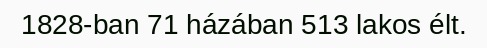
1828-ban 71 házában 513 lakos élt.